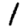
Digit: 1